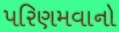
પરિણમવાનો